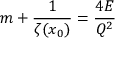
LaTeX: m + \frac { 1 } { \zeta ( x _ { 0 } ) } = \frac { 4 { \cal E } } { { \cal Q } ^ { 2 } }